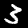
Label: 3